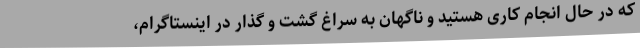
که در حال انجام کاری هستید و ناگهان به سراغ گشت و گذار در اینستاگرام،